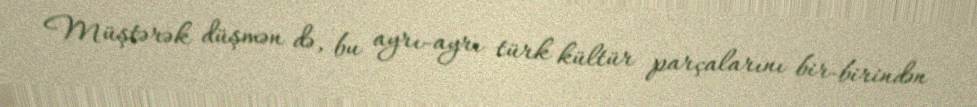
Müştərək düşmən də, bu ayrı-ayrı türk kültür parçalarını bir-birindən